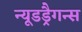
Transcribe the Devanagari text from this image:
न्यूडड्रैगन्स